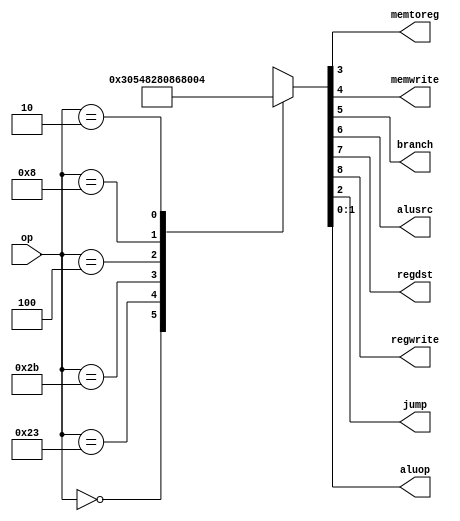
module maindec(input [5:0] op,
	output memtoreg,memwrite,
	output branch,alusrc,
       	output regdst,regwrite,
 	output jump,
	output [1:0] aluop);

reg [9:0] controls;
assign {regwrite,regdst,alusrc,branch,memwrite,memtoreg,jump,aluop} = controls;
always @(*)
	case(op)
		6'b000000: controls <= 9'b110000010;
		6'b100011: controls <= 9'b101001000;
		6'b101011: controls <= 9'b001010000;
		6'b000100: controls <= 9'b000100001;
		6'b001000: controls <= 9'b101000000;
		6'b000010: controls <= 9'b000000100;
		default: controls <= 9'bxxxxxxxxx;
	endcase
endmodule